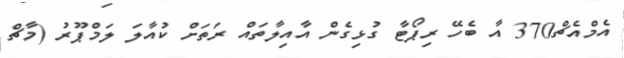
އެމްއެޗް370 އާ ބެހޭ ރިޕޯޓާ ގުޅިގެން އާއިލާތައް ރަަތަށް ކުއާލަ ލަމްޕޫރު (މާޗް